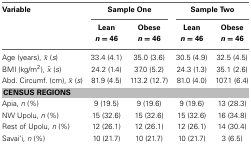
<table><thead><tr><td><b>Variable</b></td><td colspan="2"><b>Sample One</b></td><td colspan="2"><b>Sample Two</b></td></tr><tr><td></td><td><b>Lean <i>n</i> = 46</b></td><td><b>Obese <i>n</i> = 46</b></td><td><b>Lean <i>n</i> = 46</b></td><td><b>Obese <i>n</i> = 46</b></td></tr></thead><tbody><tr><td>Age (years), <overline>x</overline> (<i>s</i>)</td><td>33.4 (4.1)</td><td>35.0 (3.6)</td><td>30.5 (4.9)</td><td>32.5 (4.5)</td></tr><tr><td>BMI (kg/m<sup>2</sup>), <overline>x</overline> (<i>s</i>)</td><td>24.2 (1.4)</td><td>37.0 (5.2)</td><td>24.3 (1.3)</td><td>35.1 (2.6)</td></tr><tr><td>Abd. Circumf. (cm), <overline>x</overline> (<i>s</i>)</td><td>81.9 (4.5)</td><td>113.2 (12.7)</td><td>81.0 (4.0)</td><td>107.1 (6.4)</td></tr><tr><td colspan="5"><b>CENSUS REGIONS</b></td></tr><tr><td>Apia, <i>n</i> (%)</td><td>9 (19.5)</td><td>9 (19.6)</td><td>9 (19.6)</td><td>13 (28.3)</td></tr><tr><td>NW Upolu, <i>n</i> (%)</td><td>15 (32.6)</td><td>15 (32.6)</td><td>15 (32.6)</td><td>16 (34.8)</td></tr><tr><td>Rest of Upolu, <i>n</i> (%)</td><td>12 (26.1)</td><td>12 (26.1)</td><td>12 (26.1)</td><td>14 (30.4)</td></tr><tr><td>Savai‘i, <i>n</i> (%)</td><td>10 (21.7)</td><td>10 (21.7)</td><td>10 (21.7)</td><td>3 (6.5)</td></tr></tbody></table>